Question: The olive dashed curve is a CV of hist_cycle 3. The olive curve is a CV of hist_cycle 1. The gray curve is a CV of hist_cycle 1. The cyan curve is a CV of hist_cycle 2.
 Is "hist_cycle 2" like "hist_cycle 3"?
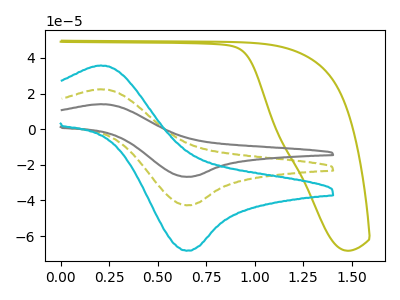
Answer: <think>The olive dashed curve "hist_cycle 3" has an anodic peak at (0.20V, 22.35uA) and a cathodic peak at (0.65V, -42.75uA). The olive curve "hist_cycle 1" has no peaks. The gray curve "hist_cycle 1" has an anodic peak at (0.20V, 44.75uA) and a cathodic peak at (0.65V, -85.45uA). The cyan curve "hist_cycle 2" has an anodic peak at (0.20V, 35.70uA) and a cathodic peak at (0.65V, -68.25uA).
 All the peaks in "hist_cycle 2" have a peak in "hist_cycle 3" at the same potential. Every peak in "hist_cycle 2" is higher than every peak in "hist_cycle 3".</think>
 <answer>"hist_cycle 2" and "hist_cycle 3" are similar in shape.</answer>
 <eval>same_shape</eval>